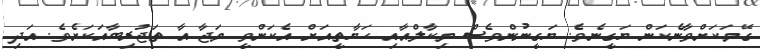
ގޭމަކަށްވާނެކަން ޔަގީނެވެ. ޔަގީނުންވެސް މިކާލްއާއި ހަޔާތީއަށް އެކަންވީ މަޖާ އާ ތަޖުރިބާއަކަށެވެ. އަދި